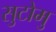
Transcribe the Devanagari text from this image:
सुटोमु